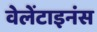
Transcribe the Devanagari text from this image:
वेलेंटाइनंस